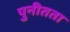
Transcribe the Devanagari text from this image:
पुनीतता